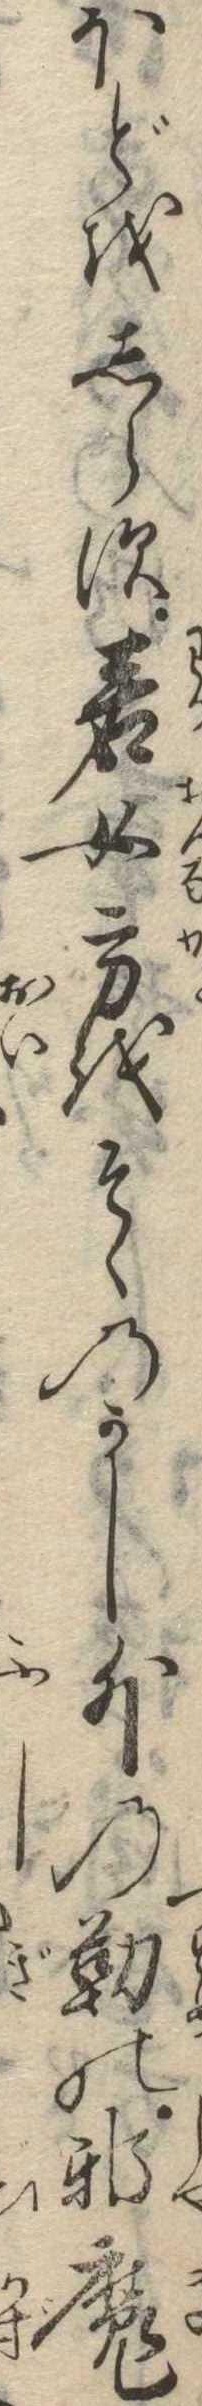
ほどをしらす若女方をそゝのかし外の勤の邪魔